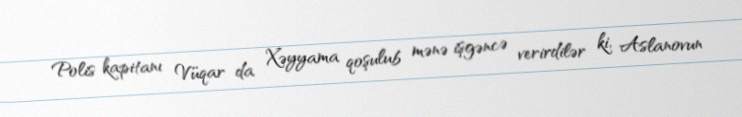
Polis kapitanı Vüqar da Xəyyama qoşulub mənə işgəncə verirdilər ki, Aslanovun